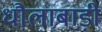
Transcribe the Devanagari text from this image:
धौलाबाड़ी